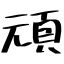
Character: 頑